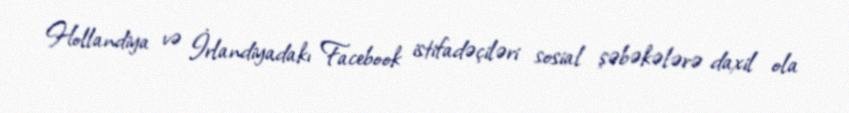
Hollandiya və İrlandiyadakı Facebook istifadəçiləri sosial şəbəkələrə daxil ola